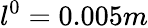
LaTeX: l^{0}=0.005m